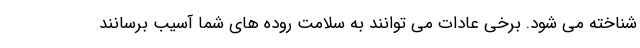
شناخته می شود. برخی عادات می توانند به سلامت روده های شما آسیب برسانند